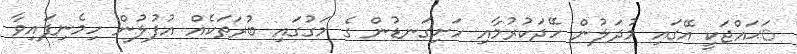
ަޙައްޖަކީ އޭގައި މުދަލުން ހޭދަކުރުމާއި ހަށިގަނޑުން ގެ މަގުގައި ބުރަތަކެއް އުފުލުން ހިމެނިފައިވާ